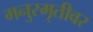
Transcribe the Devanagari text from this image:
मनुस्मृतीवर